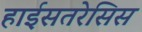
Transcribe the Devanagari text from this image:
हाईसतरेसिस